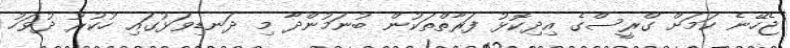
ޖެހޭނެ ކަމަށް ގްރީސްގެ އިދިކޮޅު ފަރާތްތަކުން ބުނަމުންދާ މި ދަނޑިވަޅުގައި ހުކުރު ދުވަހު